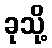
ခုသို့